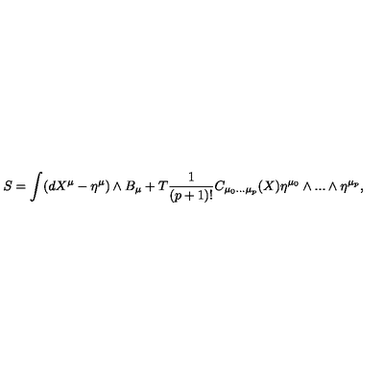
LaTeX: S = \int ( d X ^ { \mu } - \eta ^ { \mu } ) \wedge B _ { \mu } + T \frac { 1 } { ( p + 1 ) ! } C _ { \mu _ { 0 } . . . \mu _ { p } } ( X ) \eta ^ { \mu _ { 0 } } \wedge . . . \wedge \eta ^ { \mu _ { p } } ,